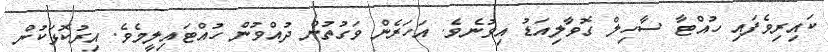
ކައިރިވެފައި ހުއްޓާ ސާހިލް ގޮވާލިއަޑު އިވުނެވެ. އަހަރެން ވަގުތުން ދުއްވުން ހުއްޓައިލީމެވެ. އިރުކޮޅަކުން